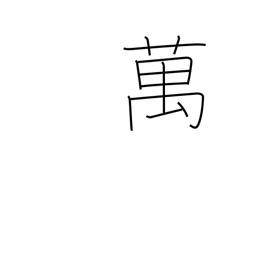
Meaning: 10,000